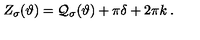
Z _ { \sigma } ( \vartheta ) = { \cal Q } _ { \sigma } ( \vartheta ) + \pi \delta + 2 \pi k \: .